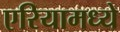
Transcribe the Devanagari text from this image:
एरियामध्ये